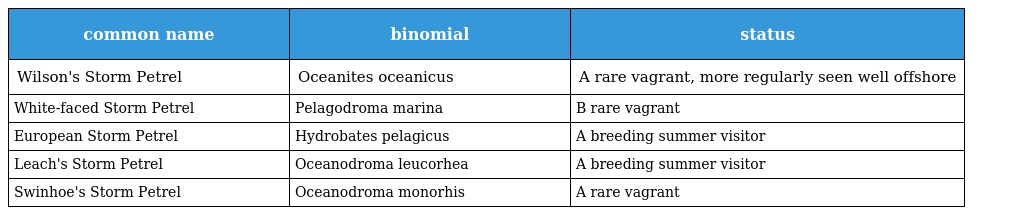
| common name | binomial | status |
 | --- | --- | --- |
 | Wilson's Storm Petrel | Oceanites oceanicus | A rare vagrant, more regularly seen well offshore |
 | White-faced Storm Petrel | Pelagodroma marina | B rare vagrant |
 | European Storm Petrel | Hydrobates pelagicus | A breeding summer visitor |
 | Leach's Storm Petrel | Oceanodroma leucorhea | A breeding summer visitor |
 | Swinhoe's Storm Petrel | Oceanodroma monorhis | A rare vagrant |